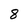
Character: 8